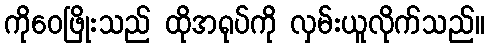
ကိုဝေဖြိုးသည် ထိုအရုပ်ကို လှမ်းယူလိုက်သည်။